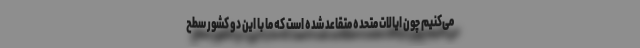
می‌کنیم چون ایالات متحده متقاعد شده است که ما با این دو کشور سطح